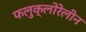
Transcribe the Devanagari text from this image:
फलुक्‍लोरेलीन